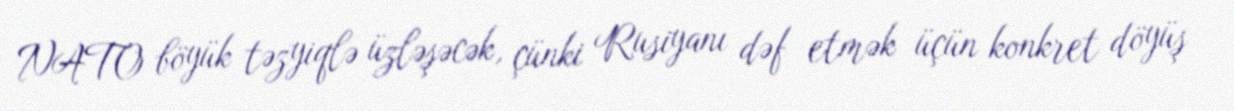
NATO böyük təzyiqlə üzləşəcək, çünki Rusiyanı dəf etmək üçün konkret döyüş